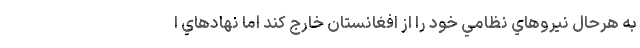
به هرحال نيروهاي نظامي خود را از افغانستان خارج كند اما نهادهاي ا